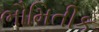
ભૌમિતીક